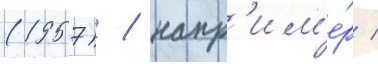
(1957) / напр'им'е́р /